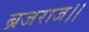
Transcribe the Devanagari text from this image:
ब्रजराज।।